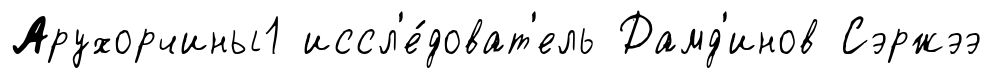
Арухорчины1 иссл'е́доват'ель Дамд'инов Сэржээ